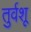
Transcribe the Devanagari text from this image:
तुर्वशू